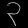
Digit: ၃